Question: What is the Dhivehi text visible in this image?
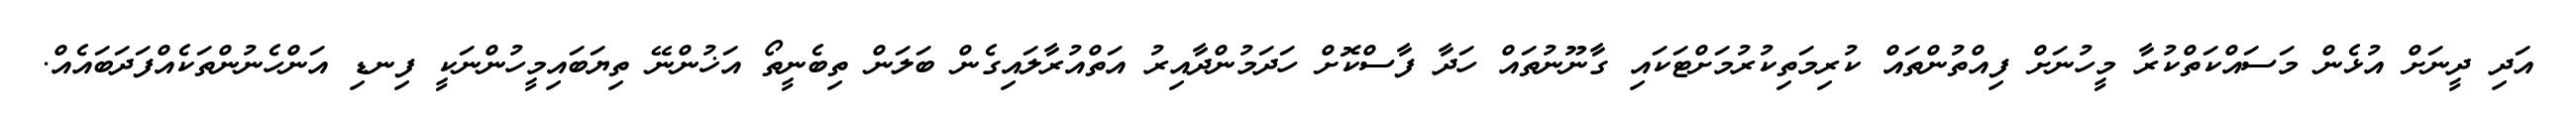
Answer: އަދި ދީނަށް އުޅެން މަސައްކަތްކުރާ މީހުނަށް ފިއްތުންތައް ކުރިމަތިކުރުމަށްޓަކައި ގާނޫނުތައް ހަދާ ފާސްކޮށް ހަދަމުންދާއިރު އަތްއުރާލައިގެން ބަލަން ތިބެނީތޯ އަޚުންނޭ ތިޔަބައިމީހުންނަކީ ފިނޑި އަންހެނުންތަކެއްފަދަބައެއް.